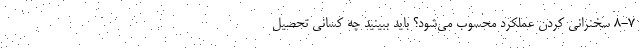
۸-۷ سخنرانی کردن عملکرد محسوب می‌شود؟ باید ببینید چه کسانی تحصیل